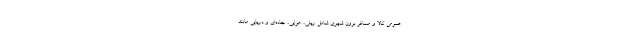
عمومی کالا و مسافر برون شهری شامل ریلی، هوایی، جاده‌ای و دریایی مانند